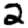
Digit: 2